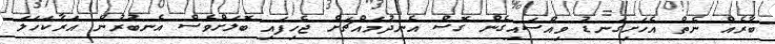
ބާރެއް ނެތް އެހަށިގަނޑު ވިއްސައިގެން ގޮސް އެނދުމައްޗަށް ޖެހިފައި ބޮލަށްވެސް އެނބުރުން އަރާކަހަލަ